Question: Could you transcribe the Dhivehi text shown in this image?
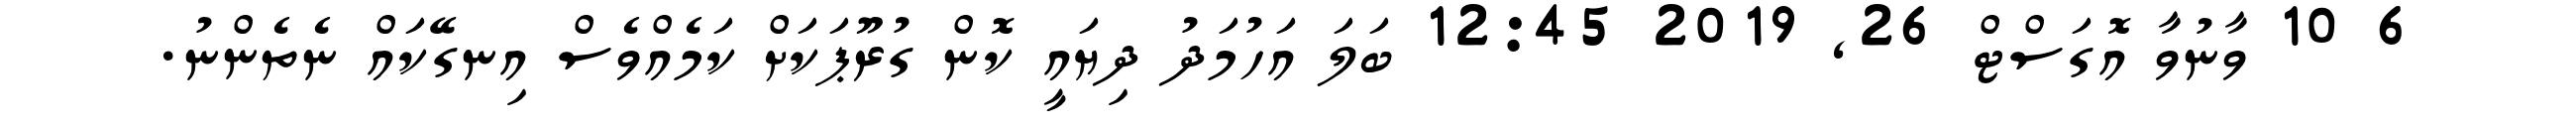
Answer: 6 10 ވާނުވާ އޮގަސްޓް 26, 2019 12:45 ބަލަ އަހުމަދު ދިޔައީ ކޮން ގުރޫޕަކަށް ކަމެއްވެސް އިނގޭކައް ނެތެންނު.